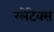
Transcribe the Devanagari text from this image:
ग्लेंटेक्स